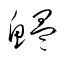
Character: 鰮